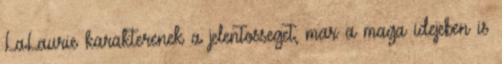
LaLaurie karakterenek a jelentosseget, mar a maga idejeben is